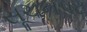
સૂચનપટ